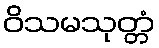
ဝိသမသုတ္တံ